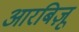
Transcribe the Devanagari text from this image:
आरबिज़ू